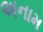
અનામ